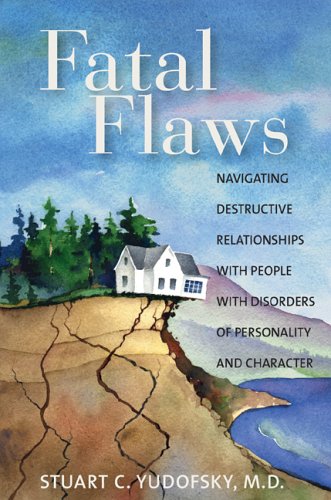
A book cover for Fatal Flaws: Navigating Destructive Relationships with People with Disorders...; Stuart C. Yudofsky; Medical Books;